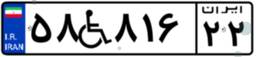
۵۸W۸۱۶۲۲